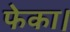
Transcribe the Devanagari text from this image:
फेका।